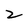
Character: 2